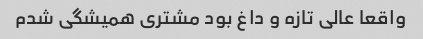
واقعا عالی تازه و داغ بود مشتری همیشگی شدم